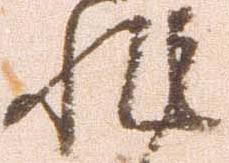
非